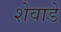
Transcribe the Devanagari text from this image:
शेवाडे